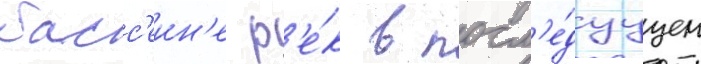
басс'еин'е р'е́к в посл'е́дуущем